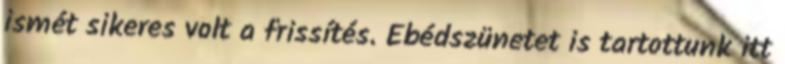
ismét sikeres volt a frissítés. Ebédszünetet is tartottunk itt